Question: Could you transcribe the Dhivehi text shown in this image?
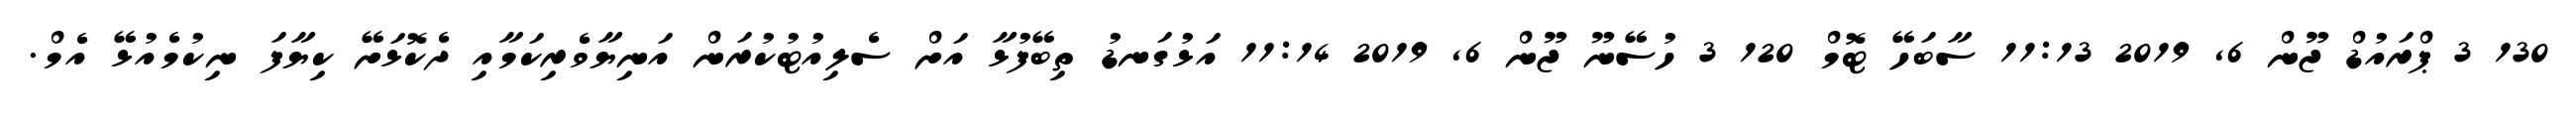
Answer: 130 3 ޕްރައުޑް ޖޫން 6, 2019 11:13 ސާބަހޭ ޓޮމް 120 3 ހުސޭނޫ ޖޫން 6, 2019 11:14 އަޅުގަނޑު ތިބޭފުޅާ އަށް ސެލިއުޓުކުރަން އަނިޔާވެރިކަމާއި ދެކޮޅަށޭ ކިޔާފަ ނިކުމެއުޅޭ އެމް.